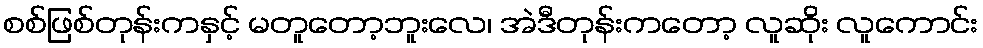
စစ်ဖြစ်တုန်းကနှင့် မတူတော့ဘူးလေ၊ အဲဒီတုန်းကတော့ လူဆိုး လူကောင်း